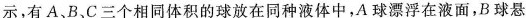
示，有A、B、C三个相同体积的球放在同种液体中，A球漂浮在液面，B球悬